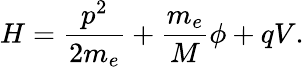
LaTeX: H=\frac{p^{2}}{2m_{e}}+\frac{m_{e}}{M}\phi+qV.